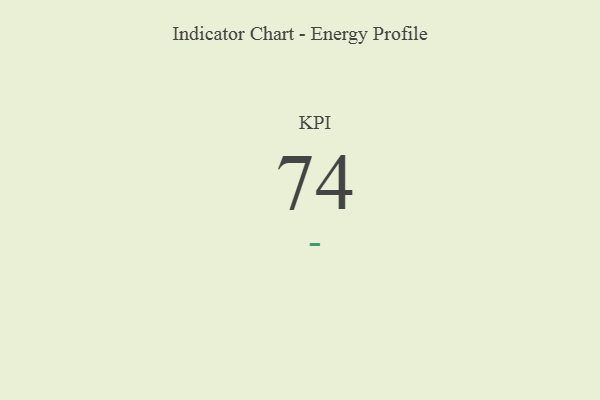
{"axis": {"x": "KPI", "y": "Value"}, "legend": [""], "data": [{"x": "KPI", "y": 74, "type": ""}]}